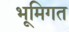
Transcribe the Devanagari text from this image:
भूमिगत